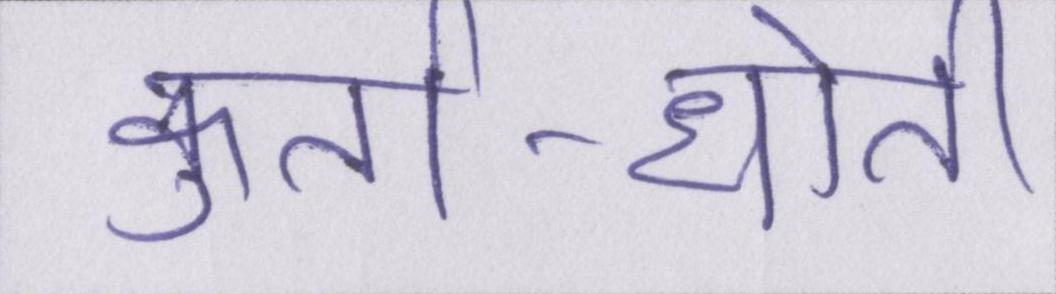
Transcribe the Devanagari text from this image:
कुर्ता-धोती